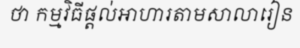
ថា កម្មវិធីផ្តល់អាហារតាមសាលារៀន